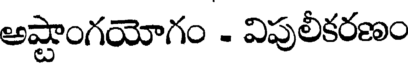
అష్టాంగయోగం - విపులీకరణం